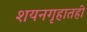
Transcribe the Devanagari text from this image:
शयनगृहातही